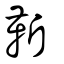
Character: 靳